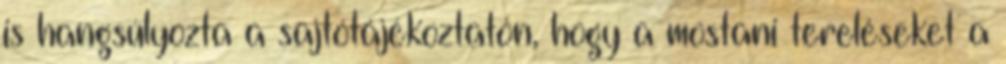
is hangsúlyozta a sajtótájékoztatón, hogy a mostani tereléseket a